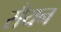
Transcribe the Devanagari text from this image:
सैयन